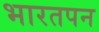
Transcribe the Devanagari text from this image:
भारतपन